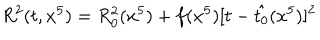
LaTeX: R ^ { 2 } ( t , x ^ { 5 } ) = R _ { 0 } ^ { 2 } ( x ^ { 5 } ) + f ( x ^ { 5 } ) [ t - \hat { t _ { 0 } } ( x ^ { 5 } ) ] ^ { 2 }